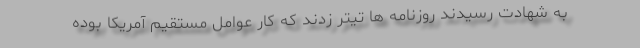
به شهادت رسیدند روزنامه ها تیتر زدند که کار عوامل مستقیم آمریکا بوده